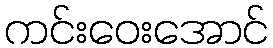
ကင်းဝေးအောင်